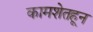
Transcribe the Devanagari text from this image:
कामशेतहून